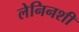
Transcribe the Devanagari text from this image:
लेनिनशी